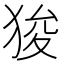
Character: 狻